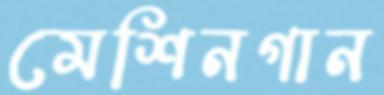
মেশিনগান